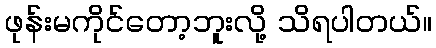
ဖုန်းမကိုင်တော့ဘူးလို့ သိရပါတယ်။